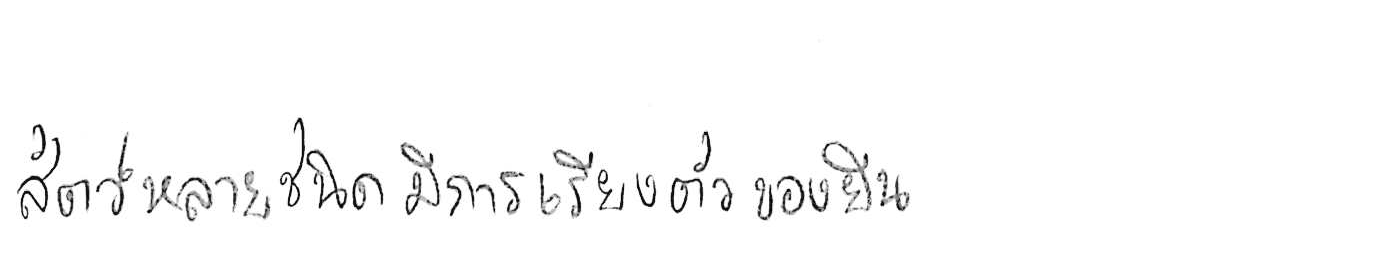
สัตว์หลายชนิดมีการเรียงตัวของยีน